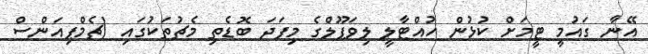
އޭނާ ގައުމީ ޓީމަށް ކުޅުން ހުއްޓާލީ ލިވަޕޫލްގެ މިފަދަ ބޮޑެތި މެޗުތަކުގައި (ޗެމްޕިއަންސް